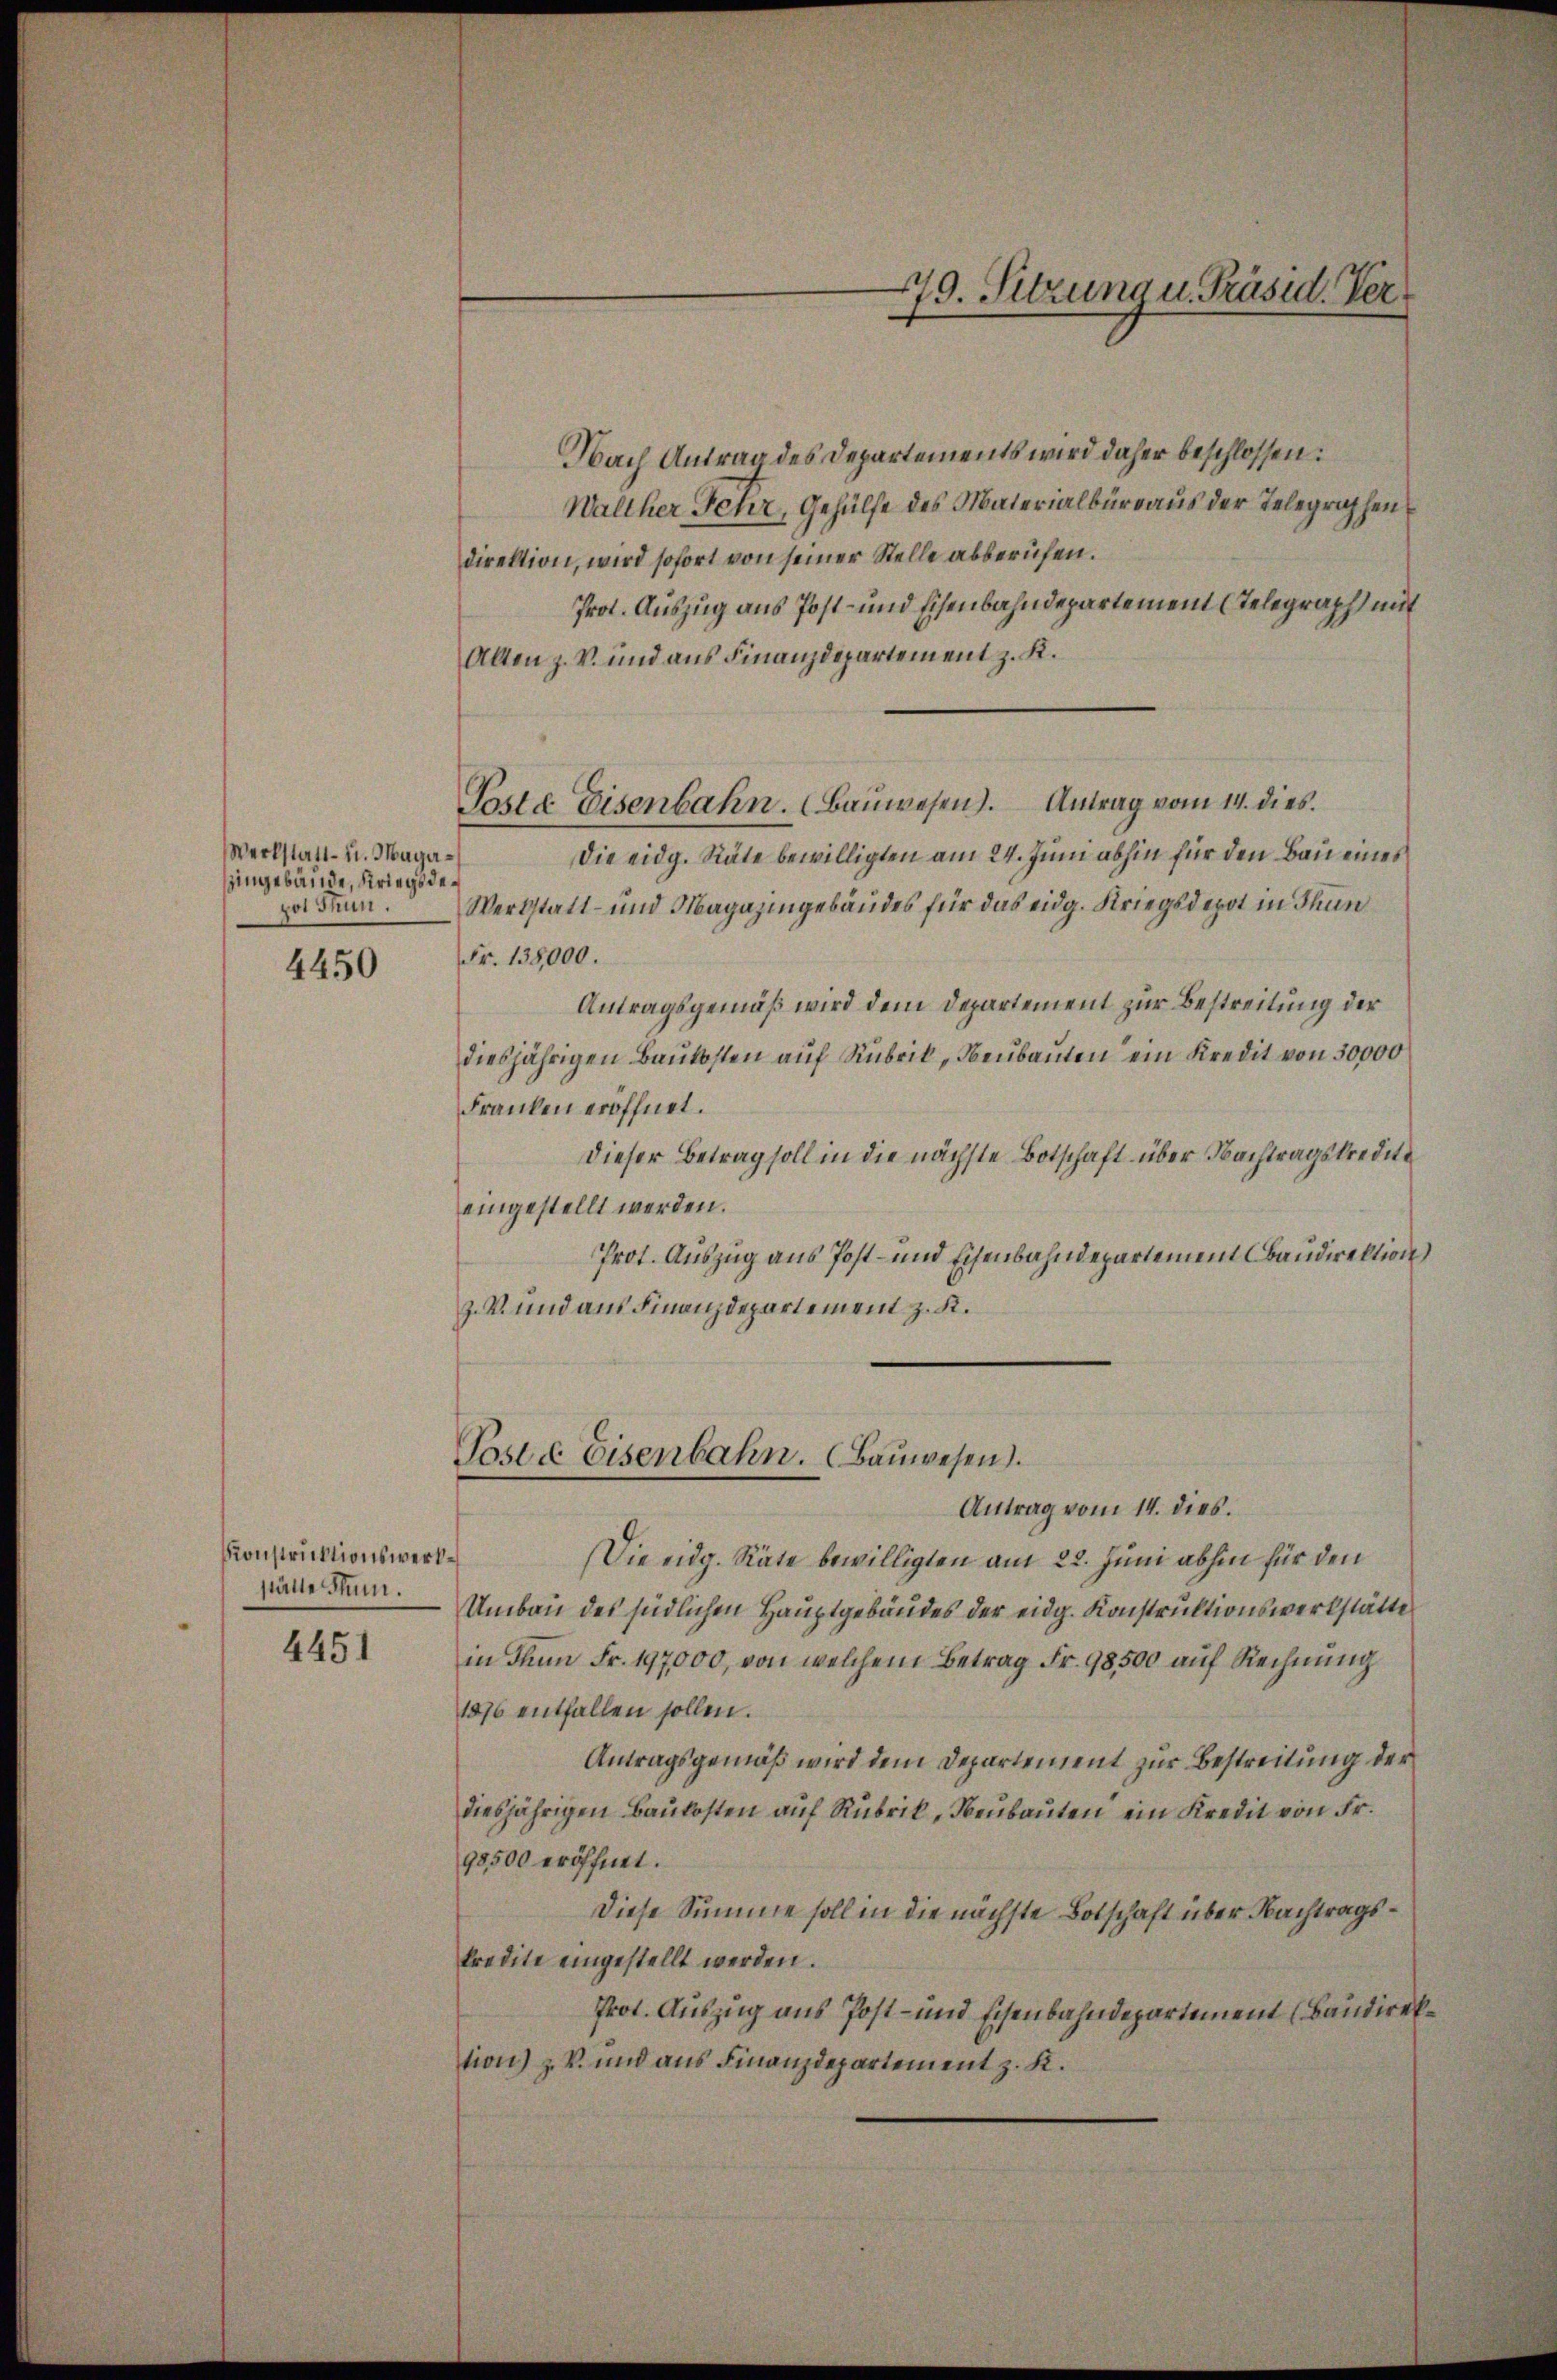
Werkstatt- u. Maga¬
Hingebäude, Kriegsdepot Thun.

4450

Konstruktionswerkställe Stum.

4451

Nach Antrag des Departements wird daher beschlossen:
Walther Fehr, Gehülfe des Materialbüreaus der Telegraphen
direktion, wird sofort von seiner Stelle abberufen.
Prot. Auszug aus Post- und Eisenbahndepartement Telegraph mit
Alten z. V. und aus Finanzdepartement z. K.
Poste Eisenbahn. (Bauwesen). Antrag vom 14. dies
Die eidg. Räte bewilligten am 24. Juni abhin für den Bau eines
Werkstatt- und Magazingebäudes für das eidg. Kriegsdepot in Thun
Fr. 138,000.
Antragsgemäß wird dem Departement zur Bestreitung der
diesjährigen Baukosten auf Rubrik, Neubauten ein Kredit von 30,000
Franken eröffnet.
Dieser Betrag soll in die nächste Botschaft über Nachtragskredite
eingestellt werden.
Prot. Auszug aus Post- und Eisenbahndepartement Baudirektion
Z. V. und aus Finanzdepartement z. K.
Poste Eisenbahn. (Bauwesen.
Antrag vom 14. dies.
Die eidg. Räte bewilligten am 22. Juni abhin für den
Umbau des südlichen Hauptgebäudes der eidg. Konstruktionswerkstätte
in dann Fr. 197,000, von welchem Betrag Fr. 98500 auf Rechnung
1876 entfallen sollen.
Antragsgemäß wird dem Departement zur Bestreitung der
diesjährigen Baukosten auf Rubrik, Neubauten ein Kredit von Fr.
98500 eröffnet.
Diese Summe soll in die nächste Botschaft über Nachtragskredite eingestellt werden.
Prot. Auszug aus Post- und Eisenbahndepartement (Baudirektion z. B. und aus Finanzdepartement z. K.

479. Sitzung u. Präsid. Ver